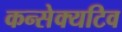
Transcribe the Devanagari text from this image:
कन्सेक्यटिव